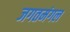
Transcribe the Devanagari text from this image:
जगतमंगल